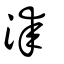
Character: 漆